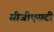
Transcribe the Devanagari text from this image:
सीजीएसटी